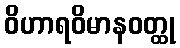
ဝိဟာရဝိမာနဝတ္ထု